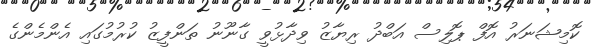
ކޮމިޝަނަރު އޮފް ޕޮލިސް އަބްދު ރިޔާޒު ވިދާޅުވީ ގާނޫނު ތަންފީޒު ކުރުމުގައި އެންމެންގެ